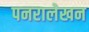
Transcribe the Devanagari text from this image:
पनरालेखन